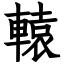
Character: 轅